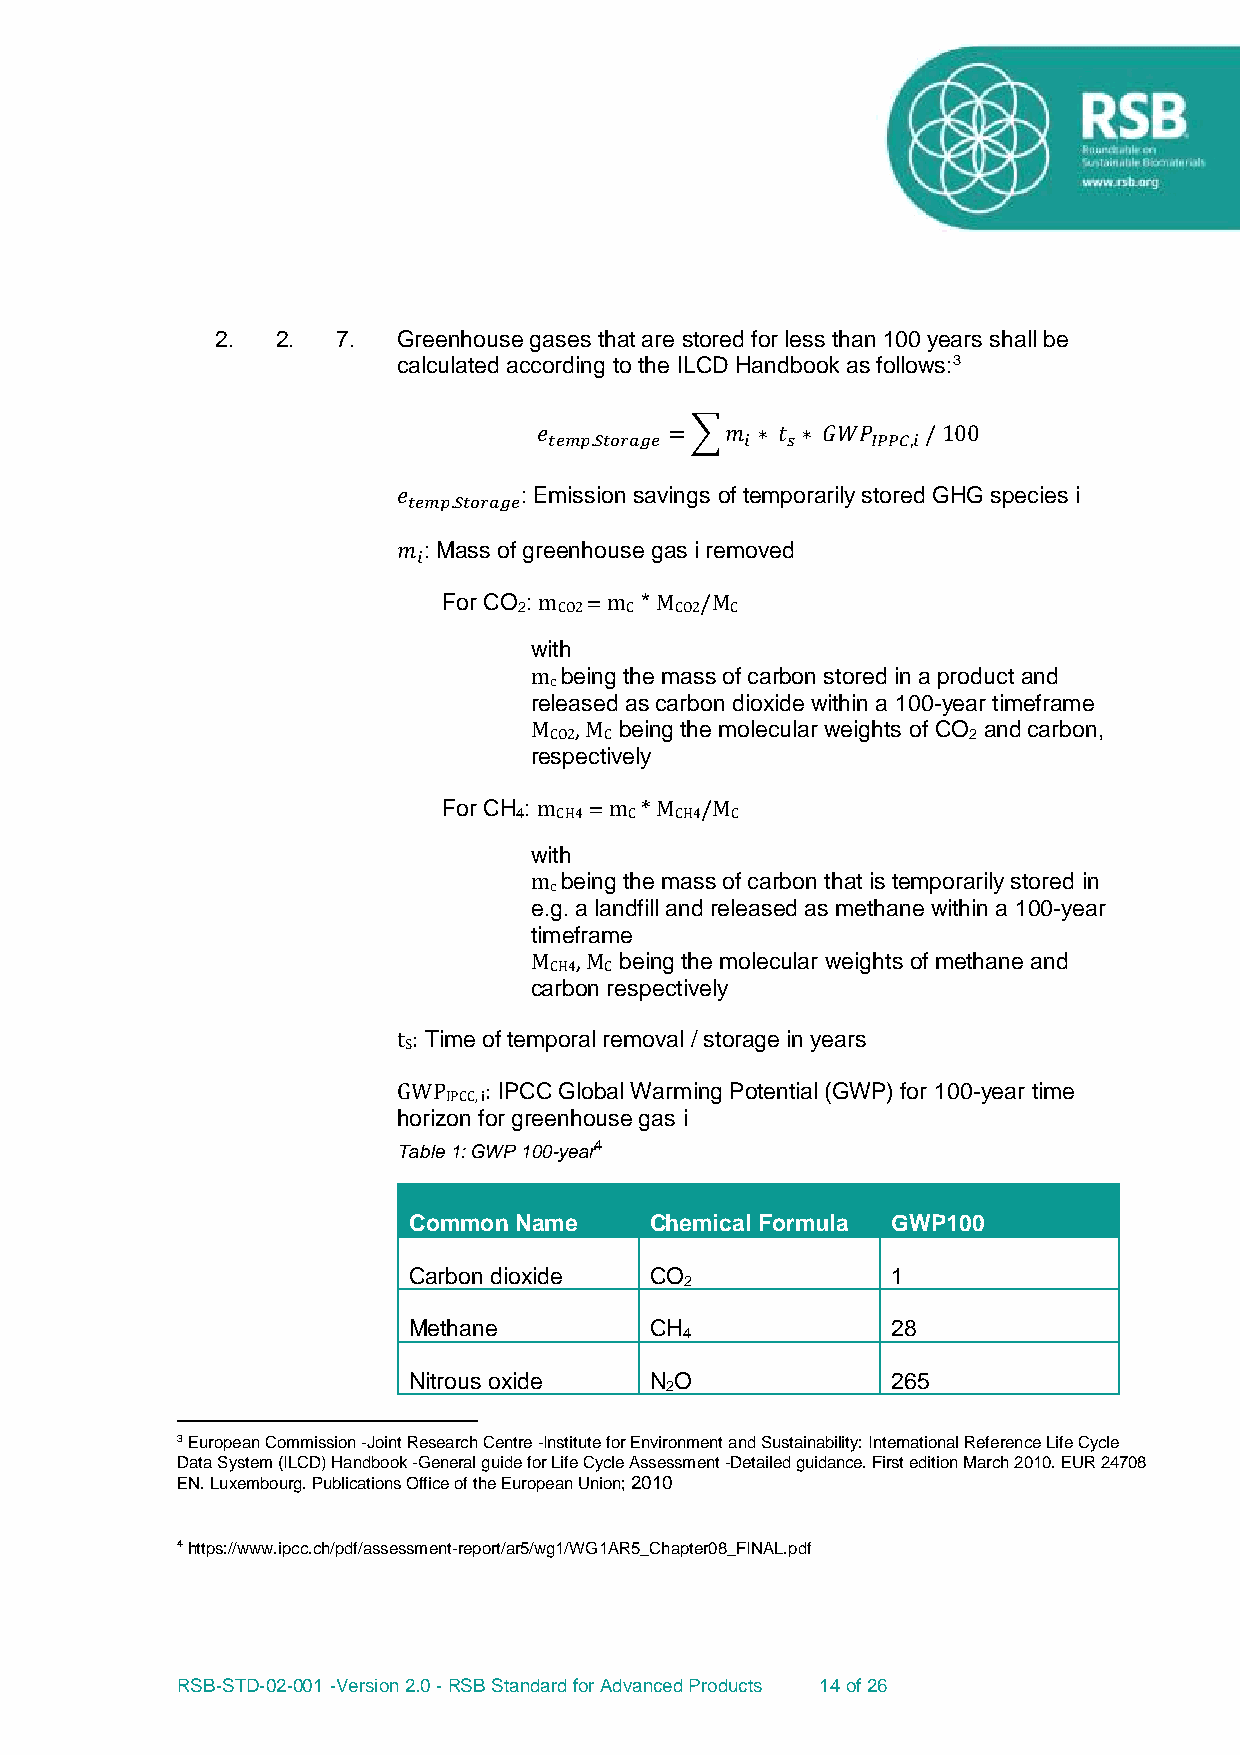
2.  2.  7.  Greenhouse gases that are stored for less than 100 years shall be
 calculated according to the ILCD Handbook as follows:3
 𝑒       = ∑𝑚  ∗ 𝑡 ∗ 𝐺𝑊𝑃  / 100
 𝑡𝑒𝑚𝑝.𝑆𝑡𝑜𝑟𝑎𝑔𝑒 𝑖  𝑠     𝐼𝑃𝑃𝐶,𝑖
 𝑒       : Emission savings of temporarily stored GHG species i
 𝑡𝑒𝑚𝑝.𝑆𝑡𝑜𝑟𝑎𝑔𝑒
 𝑚 : Mass of greenhouse gas i removed
 𝑖
 For CO : m = m * M /M
 2  CO2 C   CO2 C
 with
 m being the mass of carbon stored in a product and
 c
 released as carbon dioxide within a 100-year timeframe
 M  , M being the molecular weights of CO and carbon,
 CO2 C                       2
 respectively
 For CH : m = m * M /M
 4  CH4  C  CH4 C
 with
 m being the mass of carbon that is temporarily stored in
 c
 e.g. a landfill and released as methane within a 100-year
 timeframe
 M  , M being the molecular weights of methane and
 CH4 C
 carbon respectively
 t : Time of temporal removal / storage in years
 S
 GWP   : IPCC Global Warming Potential (GWP) for 100-year time
 IPCC, i
 horizon for greenhouse gas i
 Table 1: GWP 100-year4
 Common Name     Chemical Formula GWP100
 Carbon dioxide  CO              1
 2
 Methane         CH              28
 4
 Nitrous oxide   N O             265
 2
 3 European Commission -Joint Research Centre -Institute for Environment and Sustainability: International Reference Life Cycle
 Data System (ILCD) Handbook -General guide for Life Cycle Assessment -Detailed guidance. First edition March 2010. EUR 24708
 EN. Luxembourg. Publications Office of the European Union; 2010
 4 https://www.ipcc.ch/pdf/assessment-report/ar5/wg1/WG1AR5_Chapter08_FINAL.pdf
 RSB-STD-02-001 -Version 2.0 - RSB Standard for Advanced Products 14 of 26